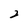
Character: 2